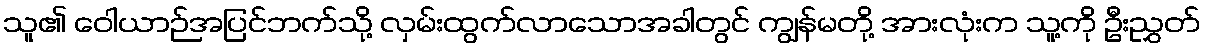
သူ၏ ဝေါယာဉ်အပြင်ဘက်သို့ လှမ်းထွက်လာသောအခါတွင် ကျွန်မတို့ အားလုံးက သူ့ကို ဦးညွှတ်